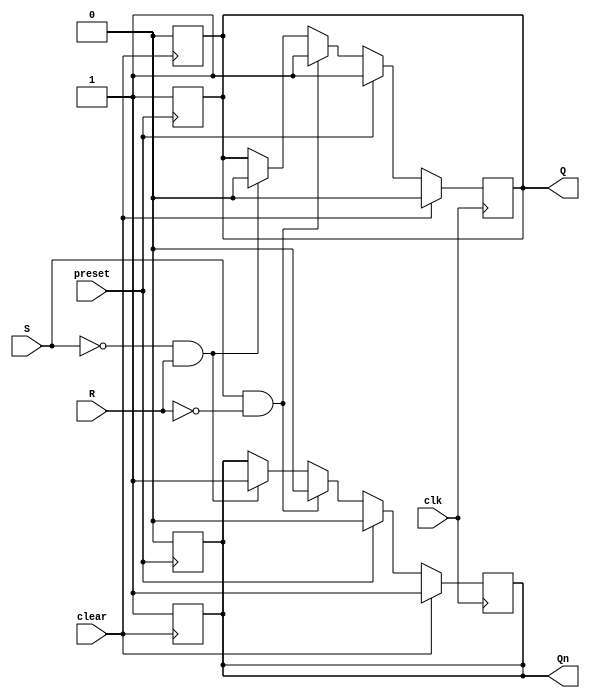
module sr_ff (
    input wire clk,  // Clock input
    input wire S,    // Set input
    input wire R,    // Reset input
    input wire clear,    // Clear input
    input wire preset,   // Preset input
    output reg Q,    // Output
    output reg Qn    // Complement of Q
);

// Asynchronous clear and preset logic
always @ (posedge clear)
begin
    Q <= 1'b0;
    Qn <= 1'b1;
end

always @ (posedge preset)
begin
    Q <= 1'b1;
    Qn <= 1'b0;
end

// S-R flip-flop logic
always @ (posedge clk)
begin
    if(clear)
    begin
        Q <= 1'b0;
        Qn <= 1'b1;
    end
    else if(preset)
    begin
        Q <= 1'b1;
        Qn <= 1'b0;
    end
    else if(S && !R)
    begin
        Q <= 1'b1;
        Qn <= 1'b0;
    end
    else if(!S && R)
    begin
        Q <= 1'b0;
        Qn <= 1'b1;
    end
end

endmodule